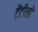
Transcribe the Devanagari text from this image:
टेंटीलो